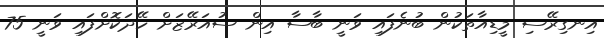
އިނގިރޭސި މީޑިއާތަކުން ބުނެފައި ވަނީ ބާސާ އިން ސުއަރޭޒަށް ހޭދަކޮށްފައި ވަނީ 75